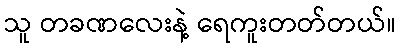
သူ တခဏလေးနဲ့ ရေကူးတတ်တယ်။